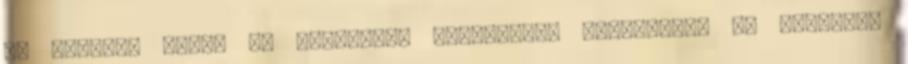
is lassabb lesz, ha Gyorshívó háttérként használod. No komment.